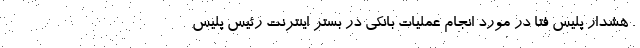
. هشدار پلیس فتا در مورد انجام عملیات بانکی در بستر اینترنت رئیس پلیس